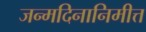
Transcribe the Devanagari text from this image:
जन्मदिनानिमीत्त